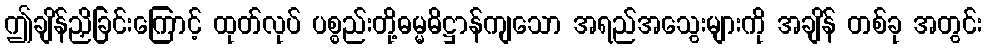
ဤချိန်ညှိခြင်းကြောင့် ထုတ်လုပ် ပစ္စည်းတို့ဓမ္မဓိဋ္ဌာန်ကျသော အရည်အသွေးများကို အချိန် တစ်ခု အတွင်း